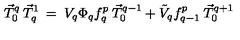
\vec { T } _ { 0 } ^ { q } \: \vec { T } _ { q } ^ { 1 } \: = \: V _ { q } \Phi _ { q } f _ { q } ^ { p } \: \vec { T } _ { 0 } ^ { q - 1 } + \tilde { V } _ { q } f _ { q - 1 } ^ { p } \: \vec { T } _ { 0 } ^ { q + 1 }